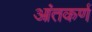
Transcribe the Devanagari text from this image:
आंतकर्ण